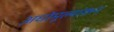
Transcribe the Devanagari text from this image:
अधोमूल्यांकन